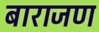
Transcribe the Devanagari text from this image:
बाराजण